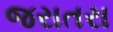
જરાતરા